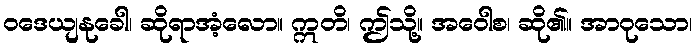
ဝဒေယျနုခေါ၊ ဆိုရာအံ့လော။ ဣတိ၊ ဤသို့။ အဝေါစ၊ ဆို၏။ အာဝုသော၊